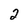
Character: 2